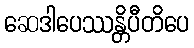
ဆေဒါပေဿန္တိပီတိပေ